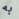
به